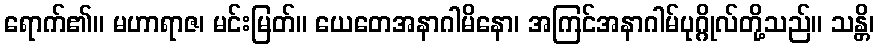
ရောက်၏။ မဟာရာဇ၊ မင်းမြတ်။ ယေတေအနာဂါမိနော၊ အကြင်အနာဂါမ်ပုဂ္ဂိုလ်တို့သည်။ သန္တိ၊